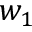
w _ { 1 }